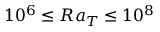
1 0 ^ { 6 } \le R a _ { T } \le 1 0 ^ { 8 }